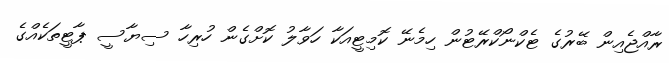
ރާއްޖެއިން ބޭރުގެ ޓެކްނޯކްރޭޓުން ހިމެނޭ ކޮމިޓީއަކާ ހަވާލު ކޮށްގެން ހުރިހާ ސިޔާސީ ޕާޓީތަކެއްގެ